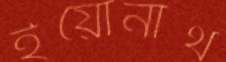
ইয়োনাথ